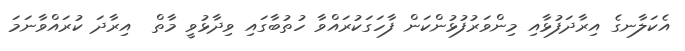
އެކަލާނގެ އިރާދަފުޅާއި މިންވަރުފުޅުންކަން ފާހަގަކުރައްވާ ހުތުބާގައި ވިދާޅުވީ މާތް  އިރާދަ ކުރައްވާނަމަ